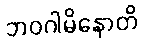
ဘဝဂါမိနောတိ